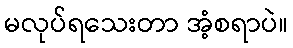
မလုပ်ရသေးတာ အံ့စရာပဲ။